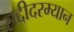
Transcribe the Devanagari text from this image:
सद्दीदरम्यान